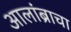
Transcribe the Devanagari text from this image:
आलांब्राचा